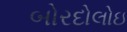
બોરદોલોઇ